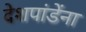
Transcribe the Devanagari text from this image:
देशपांडेंना